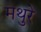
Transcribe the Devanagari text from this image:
मथुरे